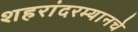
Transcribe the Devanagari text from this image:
शहरांदरम्यानचे